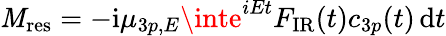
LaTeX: \mathit{M}_{\mathrm{{{res}}}}=-\mathrm{i}\mu_{3p,E}\inte^{iEt}F_{\mathrm{{{IR}}}}(t)c_{3p}(t)\, \mathrm{d}t